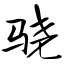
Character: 骁